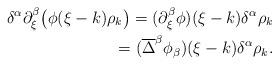
LaTeX: \begin{align*} \delta^\alpha \partial_\xi^\beta \big( \phi(\xi-k) \rho_k\big) = (\partial_\xi^\beta \phi)(\xi-k) \delta^\alpha \rho_k \\ = (\overline{\Delta}^\beta \phi_\beta)(\xi-k)\delta^\alpha \rho_k. \end{align*}